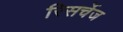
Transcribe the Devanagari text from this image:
रिसर्चेज